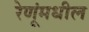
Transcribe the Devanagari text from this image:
रेणूंमधील